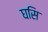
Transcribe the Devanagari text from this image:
घसि